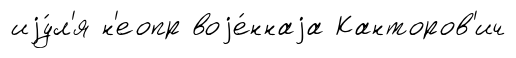
иjу́л'я н'еопр воjе́ннаjа Канторов'ич